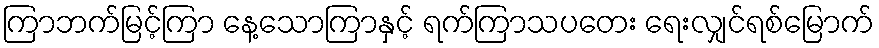
ကြာဘက်မြင့်ကြာ နေ့သောကြာနှင့် ရက်ကြာသပတေး ရေးလျှင်ရစ်မြောက်